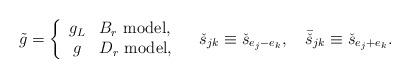
LaTeX: \begin{align*}\tilde{g}=\left\{ \begin{array}{cl} g_L&B_r\ \mbox{model},\\ g&D_r\ \mbox{model}, \end{array} \right. \quad \check{s}_{jk}\equiv\check{s}_{e_j-e_k}, \quad \bar{\check{s}}_{jk}\equiv\check{s}_{e_j+e_k}.\end{align*}